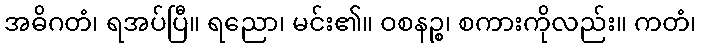
အဓိဂတံ၊ ရအပ်ပြီ။ ရညော၊ မင်း၏။ ဝစနဉ္စ၊ စကားကိုလည်း။ ကတံ၊